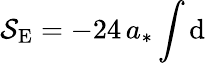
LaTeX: \mathcal{S}_{\mathrm{{E}}}=-24\, a_{*}\int\mathrm{{d}}